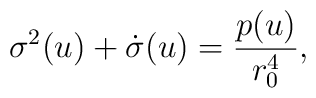
\sigma^2(u) + \dot{\sigma}(u) = \frac{p(u)}{r_0^4},